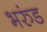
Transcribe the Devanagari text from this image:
भरुंड